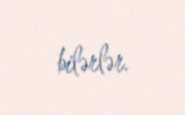
bilərlər.